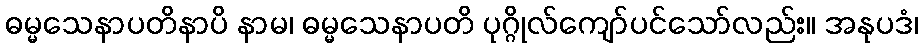
ဓမ္မသေနာပတိနာပိ နာမ၊ ဓမ္မသေနာပတိ ပုဂ္ဂိုလ်ကျော်ပင်သော်လည်း။ အနုပဒံ၊